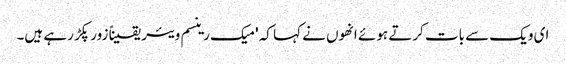
ای ویک سے بات کرتے ہوئے انھوں نے کہا کہ 'میک رینسم ویئر یقیناً زور پکڑ رہے ہیں۔